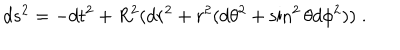
LaTeX: d s ^ { 2 } = - d t ^ { 2 } + R ^ { 2 } ( d r ^ { 2 } + r ^ { 2 } ( d \theta ^ { 2 } + \sin ^ { 2 } \theta d \phi ^ { 2 } ) ) \; .